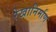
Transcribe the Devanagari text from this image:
रेखानिर्माण